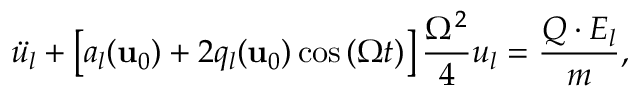
\ddot { u _ { l } } + \left[ a _ { l } ( \mathbf { u } _ { 0 } ) + 2 q _ { l } ( \mathbf { u } _ { 0 } ) \cos \left( \Omega t \right) \right] \frac { \Omega ^ { 2 } } { 4 } u _ { l } = \frac { Q \cdot E _ { l } } { m } ,